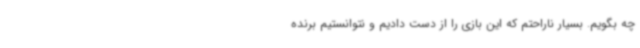
چه بگویم. بسیار ناراحتم که این بازی را از دست دادیم و نتوانستیم برنده